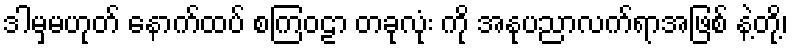
ဒါမှမဟုတ် နောက်ထပ် စကြဝဠာ တခုလုံး ကို အနုပညာလက်ရာအဖြစ် နဲ့တို့၊